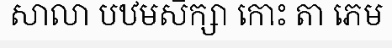
សាលា បឋមសិក្សា កោះ តា ភេម